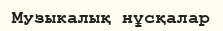
Музыкалық нұсқалар